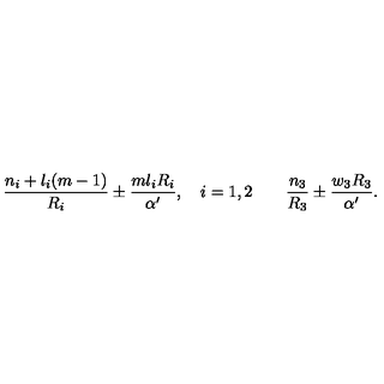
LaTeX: \frac { n _ { i } + l _ { i } ( m - 1 ) } { R _ { i } } \pm \frac { m l _ { i } R _ { i } } { \alpha ^ { \prime } } , \quad i = 1 , 2 \qquad \frac { n _ { 3 } } { R _ { 3 } } \pm \frac { w _ { 3 } R _ { 3 } } { \alpha ^ { \prime } } .